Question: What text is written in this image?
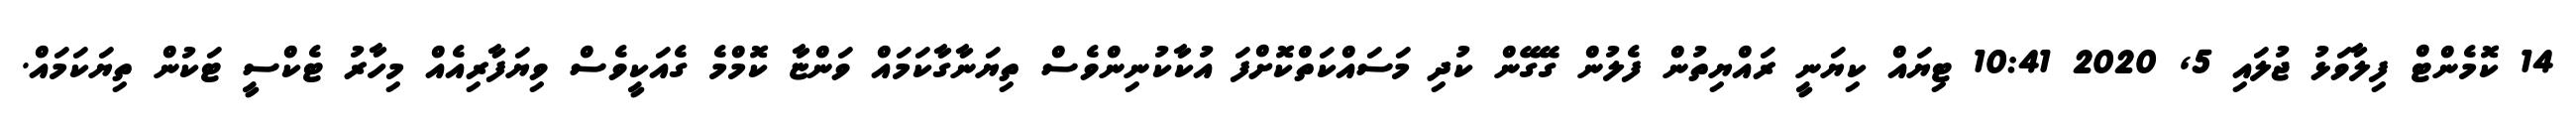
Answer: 14 ކޮމެންޓް ފިލާވަޅު ޖުލައި 5, 2020 10:41 ޓިޔައް ކިޔަނީ ރައްޔިތުން ފެލުން ގޭގޭން ކުދި މަސައްކަތްކޮށްފަ އުކާކުނިންވެސް ތިޔަނާގާކަމައް ވަންޏާ ކޮމްމެ ގެއަކީވެސް ވިޔަފާރިއެއް މިހާރު ޓެކްސީ ޓަކުން ތިޔަކަމައް.